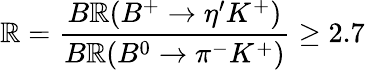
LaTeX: \mathbb{R}={\frac{{B\mathbb{R}(B^{+}\rightarrow\eta^{\prime}K^{+})}}{{B\mathbb{R}(B^{0}\rightarrow\pi^{-}K^{+})}}}\geq2.7